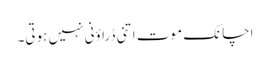
اچانک موت اتنی ڈراؤنی نہیں ہوتی۔